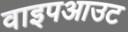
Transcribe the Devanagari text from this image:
वाइपआउट